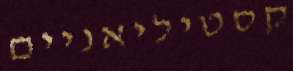
קסטיליאניים